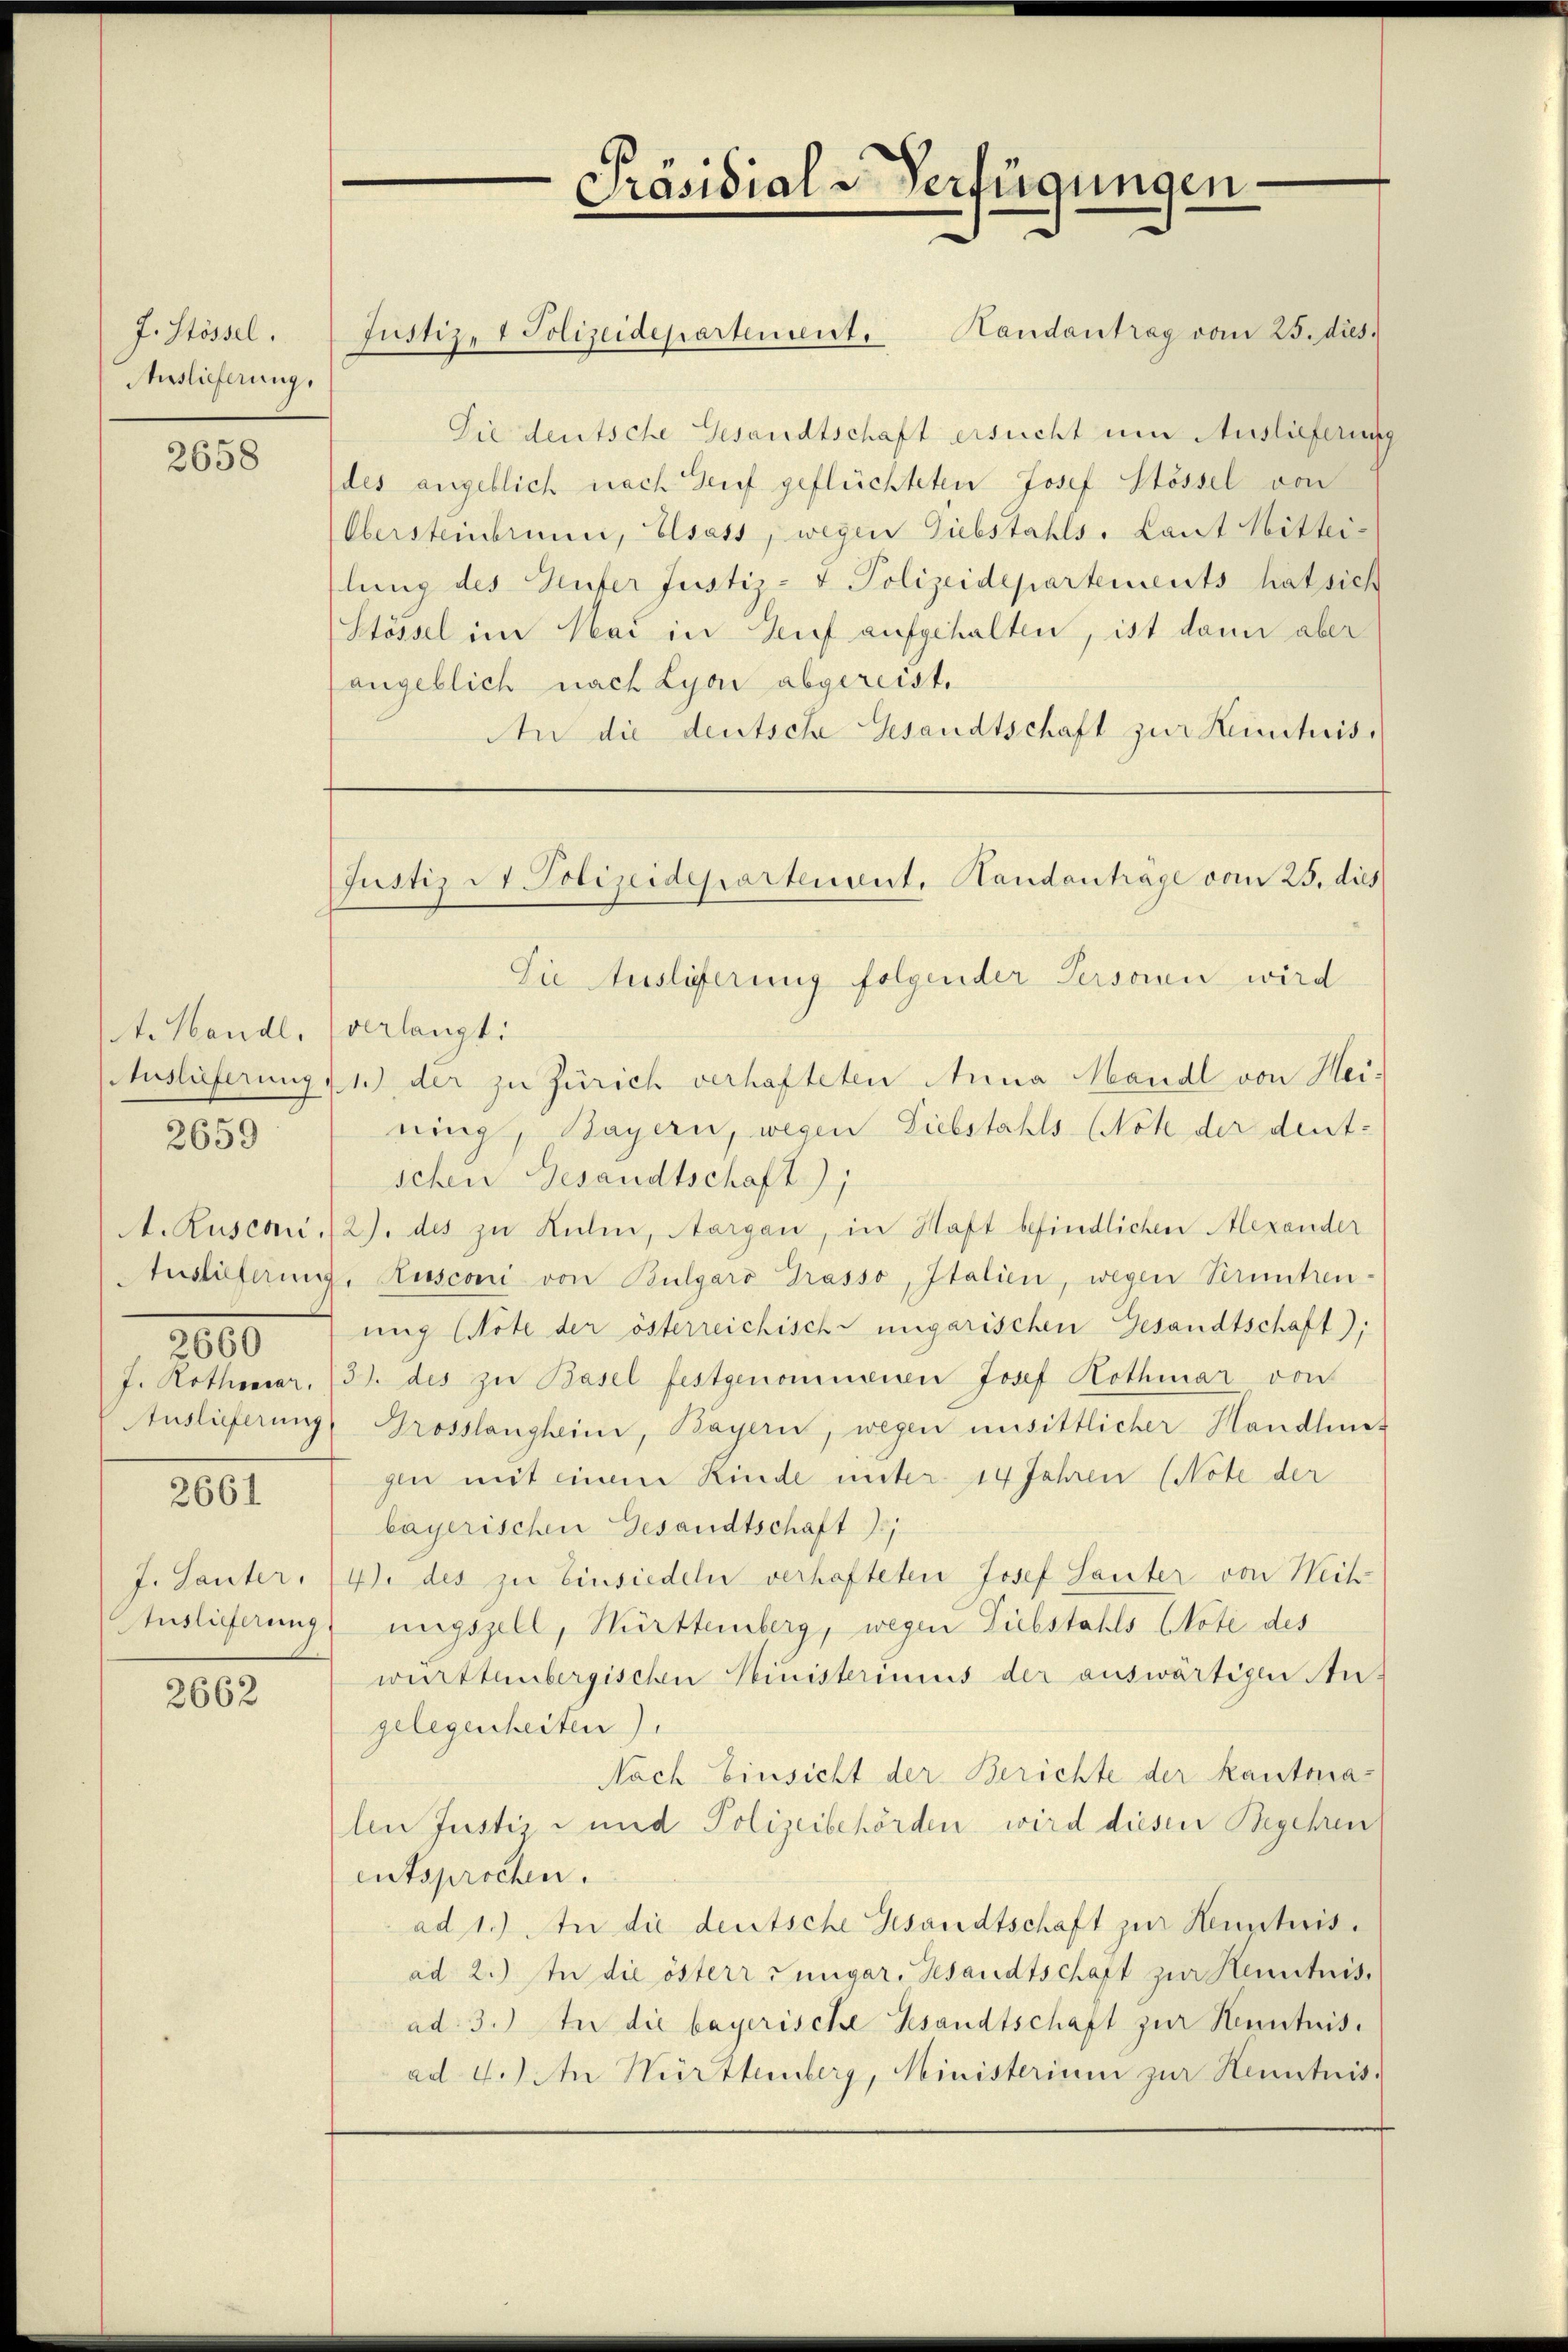
J. Stössel.
Auslieferung,

2658

t. Handl.
Auslieferung,

2659

Auslieferung
2660
Auslieferung

2661

Auslieferung.

2662

Justiz- & Polizeidepartement. Handantrag vom 25. dies
Sie deutsche Gesandtschaft ersucht um Auslieferung
des angeblich nach Genf geflüchteten Josef Stössel von
Obersteinbrunn, Elsass, wegen Giebstahls, Laut Mittei-
lung des Teufer Justiz- & Polizeidepartements hat sich
Stössel im Mai in Zuf aufgehalten, ist dann aber
angeblich nach Lyon abgereist.
An die deutsche Gesandtschaft zur Kenntnis
Die Ausliferung folgender Persoren wird
verlangt.
1.) der zu Zürich verhafteten Anna Mandl von Hei-
ning, Bayern, wegen Liebstahls (Not der deut-
schen Gesandtschaft);
A. Rusconi /2). des zu Kulm, Aargau, in Haft befindlichen Alexander
Rusconi von Bulgaro Grasso, Italien, wegen Veruntren-
ung (Note der österreichische ungarischen Gesandtschaft);
J. Rothecar. (3. des zu Basel festgenommenen Josef Kothmar von
Grosslangheim, Bayern, wegen unsittlicher Handlun-
gin mit einem Rinde unter. 14 Jahren (Note der
bayerischen Gesandtschaft ;
J. Lauter. (41. des zu Einsiedeln verhafteten Josef Sauter von Weih-
nngszell, Württemberg, wegen Liebstahls Note des
württembergischen Ministeriums der auswärtigen An-
gelegenheiten).
Nach Einsicht der Berichte der Kantonalen Justiz- und Polizeibehörden wird diesem Begehren
entsprochen.
ad 1.) In die deutsche Gesandtschaft zur Kenntnisad 2.) In die österr Jungar. Gesandtschaft zur Henntnis,
ad. 3.) In die bayerische Gesandtschaft zur Kenntnisad 4.) An Württemberg, Ministerium zur Henntnis.

Präsidial-Verfügungen

Justiz & Polizeidepartement. Handanträge vom 25. dies